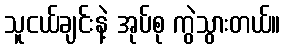
သူငယ်ချင်းနဲ့ အုပ်စု ကွဲသွားတယ်။